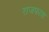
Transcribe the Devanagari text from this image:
राजफाश